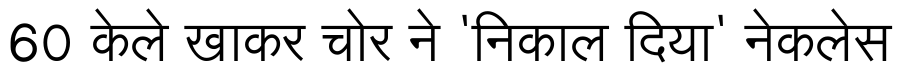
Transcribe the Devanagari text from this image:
60 केले खाकर चोर ने 'निकाल दिया' नेकलेस